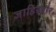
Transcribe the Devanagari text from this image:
जाहिरतौर